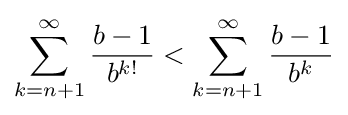
{\begin{aligned}\sum _{k=n+1}^{\infty }{\frac {b-1}{b^{k!}}}<\sum _{k=n+1}^{\infty }{\frac {b-1}{b^{k}}}\end{aligned}}